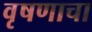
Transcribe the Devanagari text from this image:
वृषणाचा